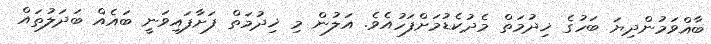
ބާއްވަމުންދިޔަ ބަހުގެ ޚިދުމަތް މެދުކެޑުމަށްފަހުއެވެ. އަލުން މި ޚިދުމަތް ފަށާފައިވަނީ ބައެއް ބަދަލުތައް